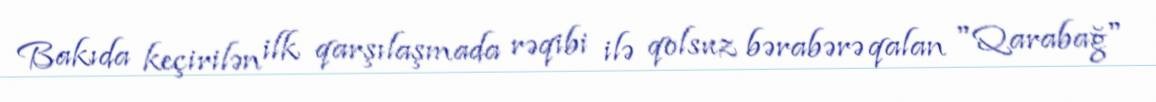
Bakıda keçirilən ilk qarşılaşmada rəqibi ilə qolsuz bərabərə qalan "Qarabağ"